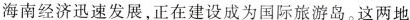
海南经济迅速发展，正在建设成为国际旅游岛。这两地